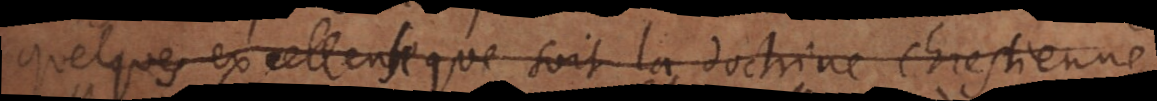
quelque excellente que soit la doctrine chrestienne,